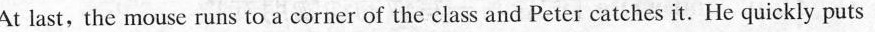
At last, the mouse runs to a corner of theclass and Peter catches it. He quickly puts the mouse back into the shoe box and covers it tightly.